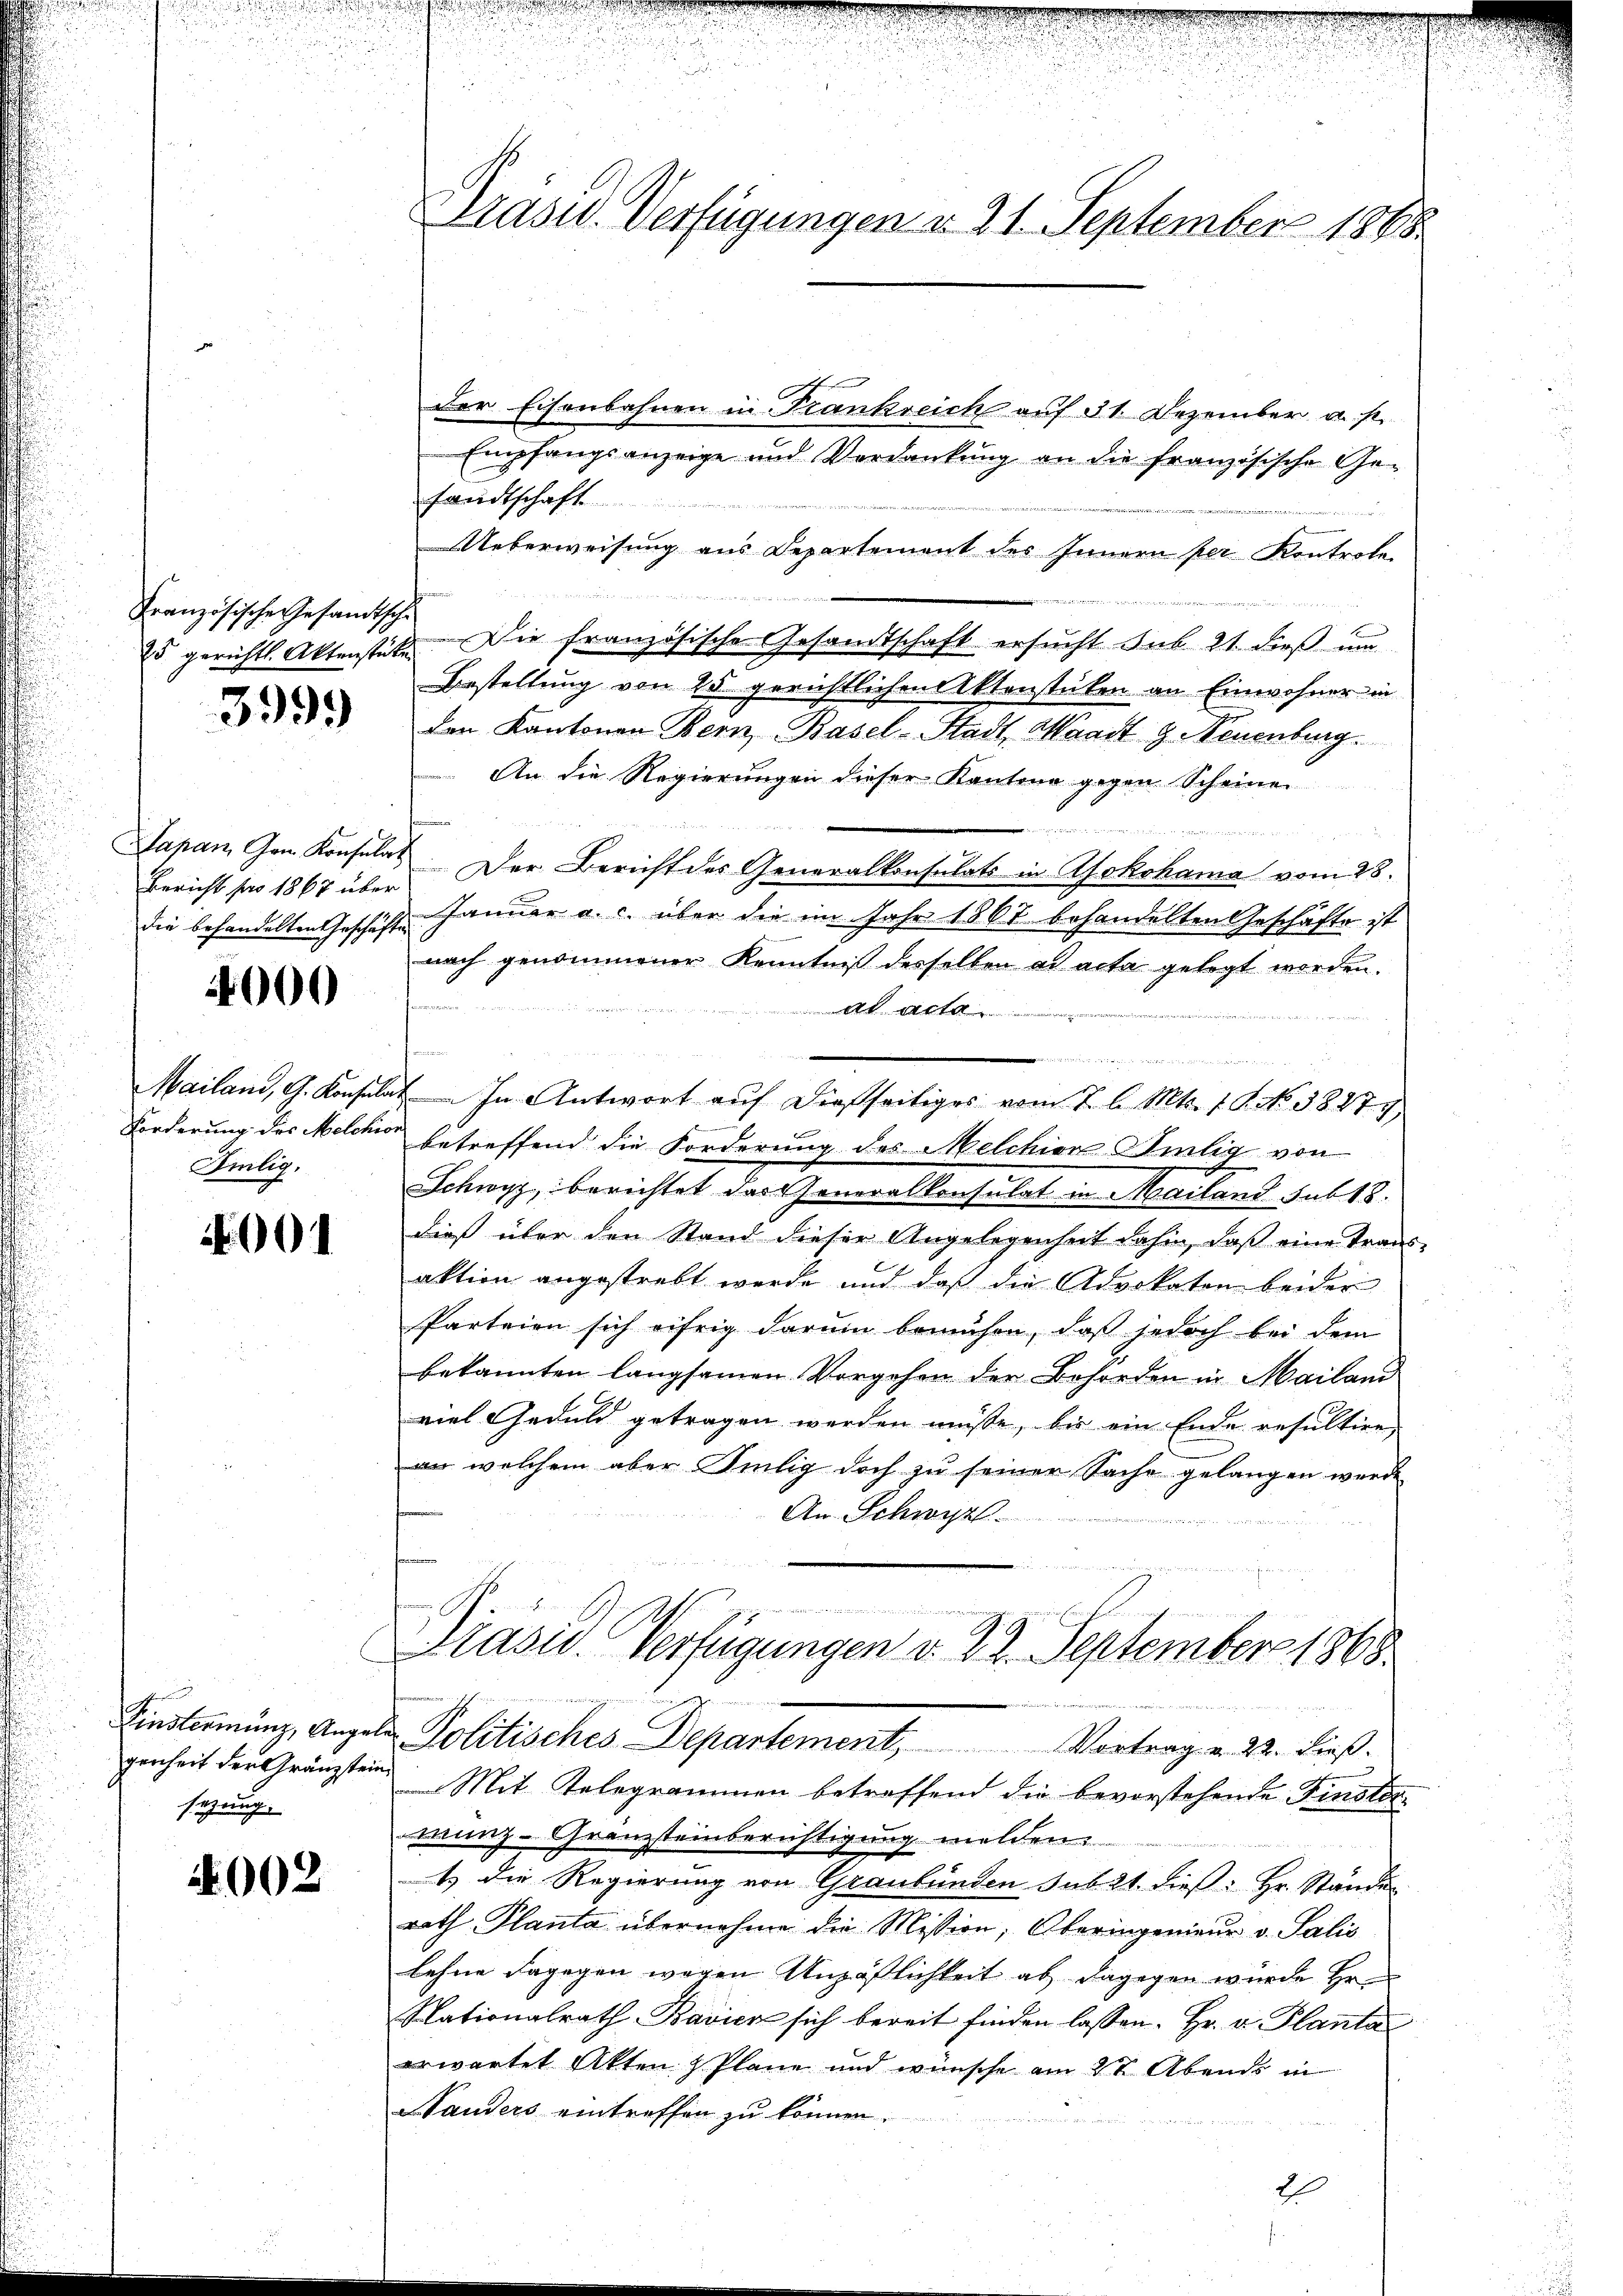
Französische Gesandtsche

3999

Bericht pro 1867 über
die behandelten Geschäfte

4000

Filig,

001

sezung.

002

der Eisenbahnen in Frankreich auf 31. Dezember a. p.
Empfangsanzeige und Verdankung an die französische Ge-
sandtschaft
.
Ueberweisung aus Departement des Innern per Kontrole
.
25 gerichts. Aktenstücke. Die französische Gesandtschaft ersŭcht sub. 21. dieβ ŭm
Bestellung von 25 gerichtlichen Aktenstücken an Einwohner in
den Kantonen Bern, Basel-Stadt, Waadt 9. Neuenburg.
An die Regierungen dieser Kantone gegen Scheine
ie
Japan, Gen. Konsulat. Der Bericht des Generalkonsulats in Aokohama vom 28.
Jänner a. c. über die im Jahr 1861 behandelten Geschäfte ist
nach genommener Kenntniß desselben ad acta gelegt worden.
3
ad acta
m
Mailand, G. Konsulat In Antwort aŭf dießseitiges vom 7. d. Mts. 1 S. No. 38279
Forderung des Melche betreffend die Forderung des Melchien Silig von
Schwyz, berichtet das Generalkonsulat in Mailand sub 18.
dieß über den Stand dieser Angelegenheit dahin, daß eine Trans-
aktion angestrebt werde und daß die Advokaten beider
Parteien sich eifrig darum bemühen, daß jedoch bei dem
bekannten langsamen Vorgehen der Behörden in Mailand
viel Geduld getragen werden müsse, bis ein Ende resultire,
an welchem aber Selig doch zu seiner Sache gelangen werde
An Schwyl
te
i
Prasw. Verfügungen v. 22. September 1868
Finsterming, Angela Politisches Departement, Vortrag v. 22. Lieβ.
genheit der Gränzstein Mit Telegrammen betreffend die bevorstehende Finstorwunz-Granzsteinberichtigung melden.
1 die Regierung von Graubünden sub 21. dieß: Hr. Stände
rath Planta übernahme die Mission, Oberingenieur v. Salis
Lehne dagegen wegen Unzählichkeit ab, dagegen würde Hrn.
Nationalrath Bavier sich bereit finden lassen. Hr. v. Planta
erwartet Akten & Pläne und wünsche am 27 Abends in
Standers eintreffen zu können.
ne er de

Präsid. Verfügungen d. 21. September 1868.

2